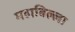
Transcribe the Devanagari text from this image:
महाबिल्ला